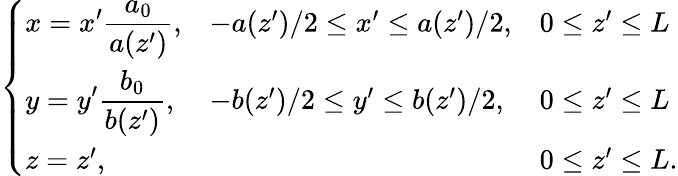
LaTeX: \left\{ \begin{array}{lll}{\displaystyle x=x^{\prime}\frac{a_{0}}{a(z^{\prime})},}&{-a(z^{\prime})/2\le x^{\prime}\le a(z^{\prime})/2,}&{0\leq z^{\prime}\leq L}\\ {\displaystyle y=y^{\prime}\frac{b_{0}}{b(z^{\prime})},}&{-b(z^{\prime})/2\le y^{\prime}\le b(z^{\prime})/2,}&{0\leq z^{\prime}\leq L}\\ {z=z^{\prime},}&&{0\leq z^{\prime}\leq L.}\end{array}\right.